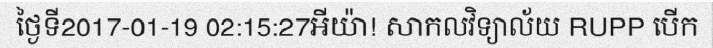
ថ្ងៃទី2017-01-19 02:15:27អីយ៉ា! សាកលវិទ្យាល័យ RUPP បើក